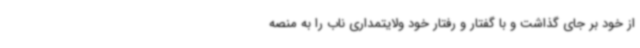
از خود بر جای گذاشت و با گفتار و رفتار خود ولایتمداری ناب را به منصه